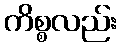
ကိစ္စလည်း